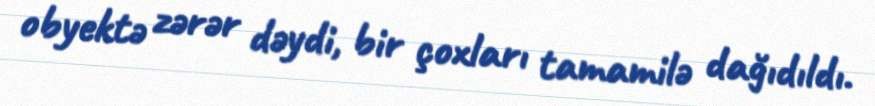
obyektə zərər dəydi, bir çoxları tamamilə dağıdıldı.